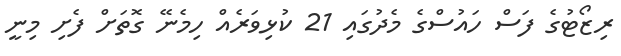
ރިޒޯޓުގެ ފަސް ހައުސްގެ މެދުގައި 21 ކުޅިވަރެއް ހިމެނޭ ގޮތަށް ފެށި މިނީ